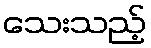
သေးသည့်